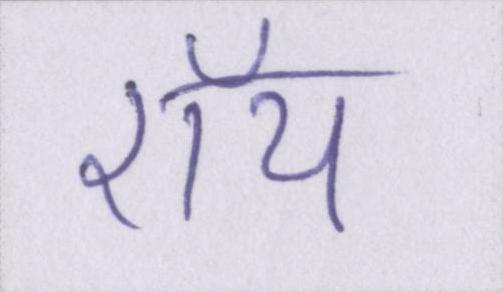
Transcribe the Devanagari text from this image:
रॉय